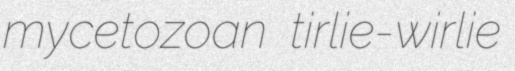
mycetozoan tirlie-wirlie